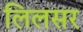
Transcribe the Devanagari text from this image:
लिलसर